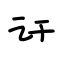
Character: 讦